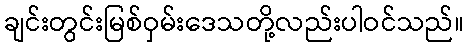
ချင်းတွင်းမြစ်ဝှမ်းဒေသတို့လည်းပါဝင်သည်။